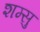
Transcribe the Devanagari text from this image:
शम्सु